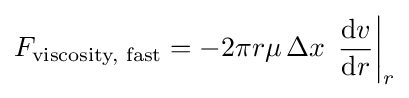
F_{\text{viscosity, fast}}=-2\pi r\mu \,\Delta x\,\left.{\frac {\mathrm {d} v}{\mathrm {d} r}}\right|_{r}